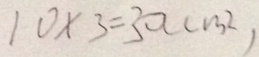
1 0 \times 3 = 3 0 ( c m ^ { 2 } )